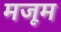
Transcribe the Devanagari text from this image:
मजूम